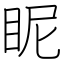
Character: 眤